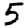
Digit: 5